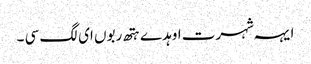
ایہہ شہرت اوہد ے ہتھ ربوں ای لگ سی ۔